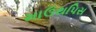
માઉથપિસ